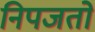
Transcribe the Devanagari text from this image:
निपजतो